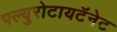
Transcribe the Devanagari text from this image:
फ्ल्युरोटायटॅनेट